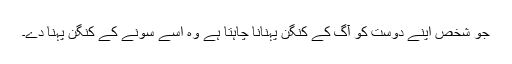
جو شخص اپنے دوست کو آگ کے کنگن پہنانا چاہتا ہے وہ اسے سونے کے کنگن پہنا دے۔